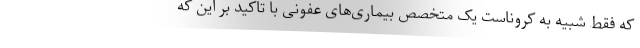
که فقط شبیه به کروناست یک متخصص بیماری‌های عفونی با تاکید بر این که